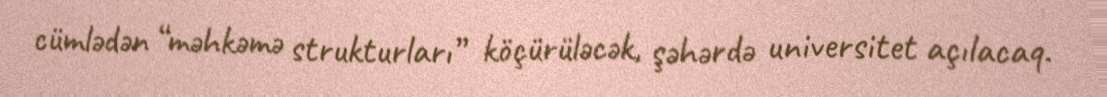
cümlədən “məhkəmə strukturları” köçürüləcək, şəhərdə universitet açılacaq.